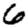
Digit: 6